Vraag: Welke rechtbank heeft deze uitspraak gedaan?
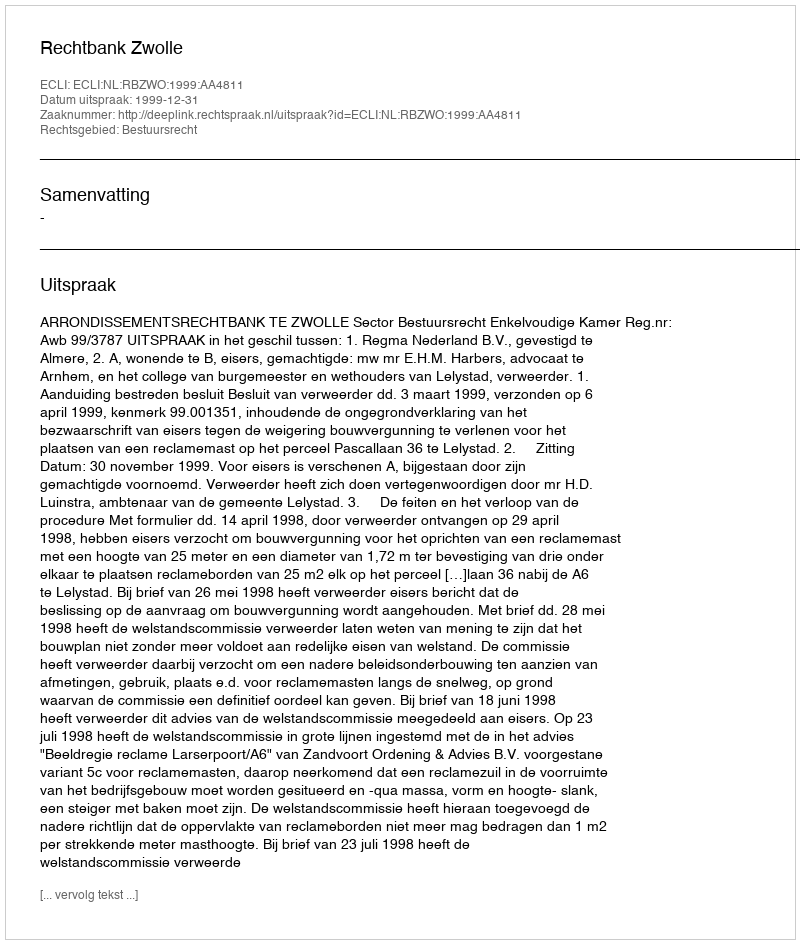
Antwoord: Rechtbank Zwolle